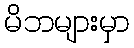
မိဘများမှာ